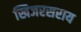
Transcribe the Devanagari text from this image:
खिजरसराय